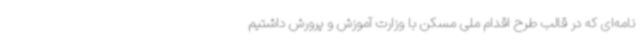
نامه‌ای که در قالب طرح اقدام ملی مسکن با وزارت آموزش و پرورش داشتیم